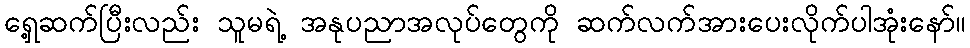
ရှေ့ဆက်ပြီးလည်း သူမရဲ့ အနုပညာအလုပ်တွေကို ဆက်လက်အားပေးလိုက်ပါအုံးနော်။